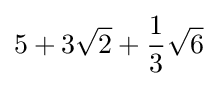
5+3{\sqrt {2}}+{\dfrac {1}{3}}{\sqrt {6}}